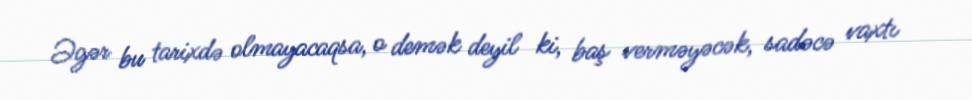
Əgər bu tarixdə olmayacaqsa, o demək deyil ki, baş verməyəcək, sadəcə vaxtı